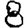
Digit: 8